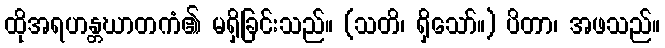
ထိုအရဟန္တဃာတကံ၏ မရှိခြင်းသည်။ (သတိ၊ ရှိသော်။) ပိတာ၊ အဖသည်။